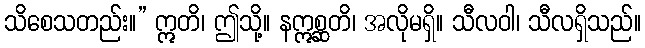
သိစေသတည်း။” ဣတိ၊ ဤသို့။ နဣစ္ဆတိ၊ အလိုမရှိ။ သီလဝါ၊ သီလရှိသည်။